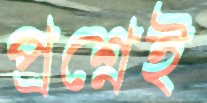
প্রশ্নেই